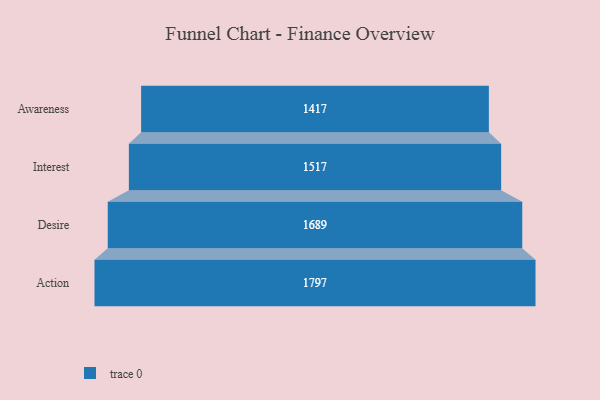
{"axis": {"x": "Stage", "y": "Value"}, "legend": [""], "data": [{"x": "Awareness", "y": 1417.0, "type": ""}, {"x": "Interest", "y": 1517.0, "type": ""}, {"x": "Desire", "y": 1689.0, "type": ""}, {"x": "Action", "y": 1797.0, "type": ""}]}